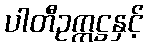
ပါတီဥက္ကဋ္ဌနှင့်